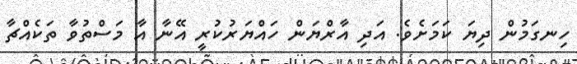
ހިނގަމުން ދިޔަ ކަމަށެވެ. އަދި އާރްޔަން ހައްޔަރުކުރީ އޭނާ އާ މަސްތުވާ ތަކެއްޗާ